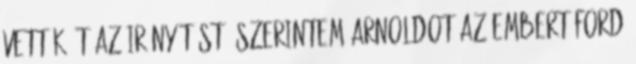
vették át az irányítást. Szerintem Arnoldot az embert Ford